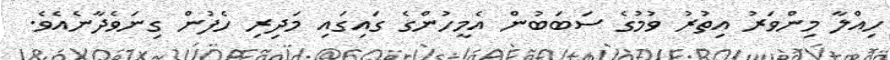
ހިއްލާ މިންވަރު އިތުރު ވުމުގެ ސަބަބުން އެމީހުންގެ ގައިގައި މަދިރި ހެފުން ގިނަވެދާނެއެވެ.